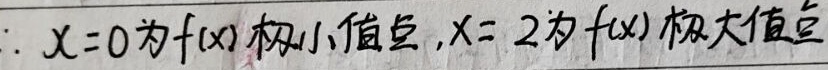
\(\therefore x = 0\)为\(f(x)\)极小值点，\(x = 2\)为\(f(x)\)极大值点